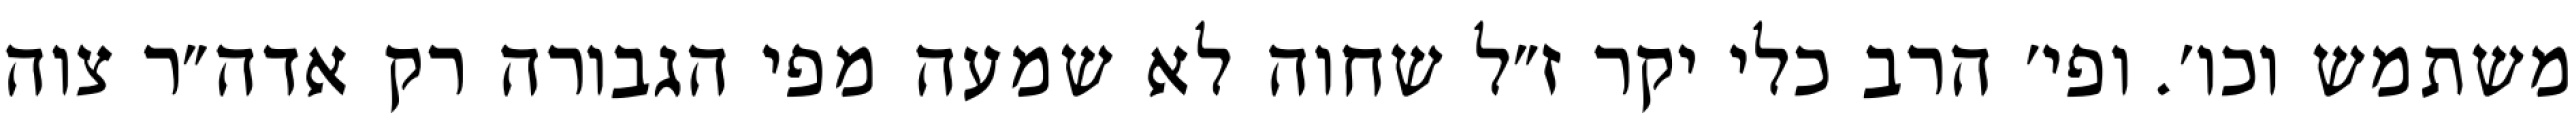
משתמש וכו׳. ופי׳ הרב כלי יקר ז״ל שחוה לא שמעה מפי הגבורה רק אדה״ר צוה